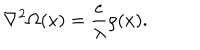
LaTeX: { \bf \nabla } ^ { 2 } \Omega ( x ) = \frac { e } { \lambda } \rho ( x ) .